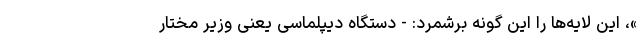
»، این لایه‌ها را این گونه برشمرد: - دستگاه دیپلماسی یعنی وزیر مختار